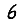
Digit: 6